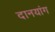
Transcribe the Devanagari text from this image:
दानयांग